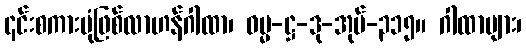
၎င်းစကားပုံဖြစ်လာဟန်ဂါထာ၊ ဓမ္မ-ဋ္ဌ-ဒု-အုပ်-၃၁၅။ ဂါထာများ၊